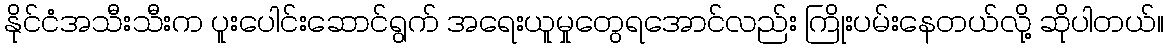
နိုင်ငံအသီးသီးက ပူးပေါင်းဆောင်ရွက် အရေးယူမှုတွေရအောင်လည်း ကြိုးပမ်းနေတယ်လို့ ဆိုပါတယ်။